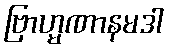
ဗြာဟ္မဏာနမဒါ